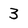
Character: 3